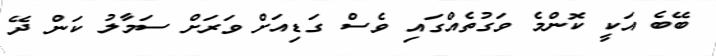
ބޭބެ އަކީ ކޮންމެ ވަގުތެއްގައި ވެސް ގަޑިއަށް ވަރަށް ސަމާލު ކަން ދޭ